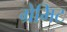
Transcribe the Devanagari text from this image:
ग्रेमिट